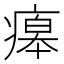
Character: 㿁